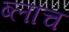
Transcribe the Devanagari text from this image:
ब्लाच